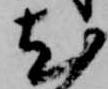
尤